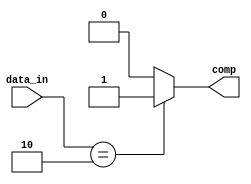
module comparador2(
    input [9:0] data_in,
    output reg comp
    );
    always @(data_in)
        if (data_in == 2)
            comp = 1;
        else
            comp = 0;
endmodule